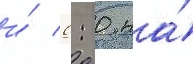
и́ 0: 0 на́